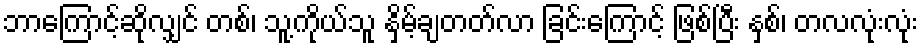
ဘာကြောင့်ဆိုလျှင် တစ်၊ သူ့ကိုယ်သူ နှိမ့်ချတတ်လာ ခြင်းကြောင့် ဖြစ်ပြီး နှစ်၊ တလလုံးလုံး